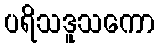
ပရိသဒူသကော